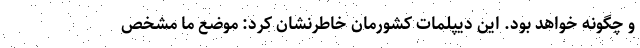
و چگونه خواهد بود. این دیپلمات کشورمان خاطرنشان کرد: موضع ما مشخص